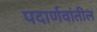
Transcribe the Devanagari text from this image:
पदार्णवांतील